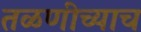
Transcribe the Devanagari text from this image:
तळणीच्याच